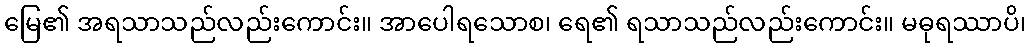
မြေ၏ အရသာသည်လည်းကောင်း။ အာပေါရသောစ၊ ရေ၏ ရသာသည်လည်းကောင်း။ မဓုရဿာပိ၊